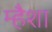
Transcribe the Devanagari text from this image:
म्हैशा